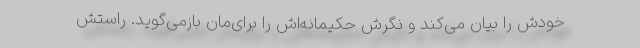
خودش را بیان می‌کند و نگرش حکیمانه‌اش را برای‌مان بازمی‌گوید. راستش